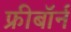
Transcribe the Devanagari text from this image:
फ्रीबॉर्न